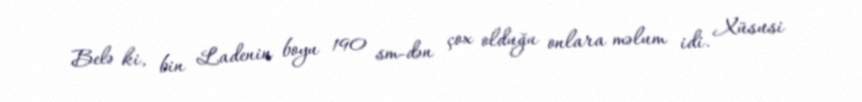
Belə ki, bin Ladenin boyu 190 sm-dən çox olduğu onlara məlum idi. Xüsusi